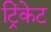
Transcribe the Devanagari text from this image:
ट्रिंकेट